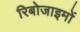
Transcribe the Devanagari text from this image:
रिबोजाइमों